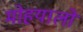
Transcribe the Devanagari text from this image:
मोहयालों